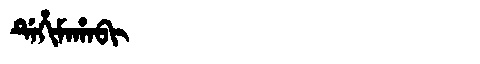
Manchu: ᡩᡝᡥᡳᠮᠠᡥᠠᠪᡳ
Romanization: DEHIMAHABI